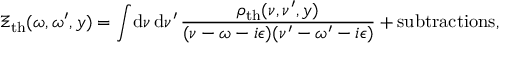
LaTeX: \Xi _ { \mathrm { t h } } ( \omega , \omega ^ { \prime } , y ) = \int \! \mathrm { d } \nu \, \mathrm { d } \nu ^ { \prime } \, { \frac { \rho _ { \mathrm { t h } } ( \nu , \nu ^ { \prime } , y ) } { ( \nu - \omega - i \epsilon ) ( \nu ^ { \prime } - \omega ^ { \prime } - i \epsilon ) } } + \mathrm { s u b t r a c t i o n s } ,